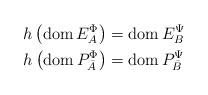
LaTeX: \begin{align*}\begin{aligned}h\left(\mathrm{dom}\, E^\Phi_A\right) &= \mathrm{dom}\, E^\Psi_B\\ h\left(\mathrm{dom}\, P^\Phi_{\bar A}\right) &= \mathrm{dom}\, P^\Psi_{\bar B}\\\end{aligned}\end{align*}